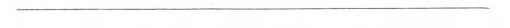
——————